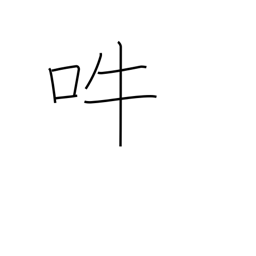
Meaning: bark